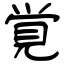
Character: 覚